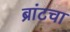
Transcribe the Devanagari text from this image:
ब्रांटचा